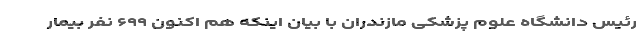
رئیس دانشگاه علوم پزشکی مازندران با بیان اینکه هم اکنون ۶۹۹ نفر بیمار